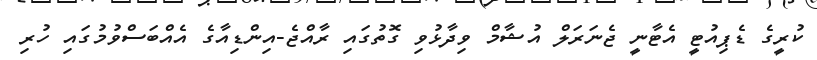
ކުރީގެ ޑެޕިއުޓީ އެޓާނީ ޖެނަރަލް އުޝާމް ވިދާޅުވި ގޮތުގައި ރާއްޖެ-އިންޑިއާގެ އެއްބަސްވުމުގައި ހުރި